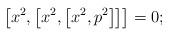
LaTeX: \begin{align*}\left[ x^{2},\left[ x^{2},\left[ x^{2},p^{2}\right] \right]\right] =0;\end{align*}